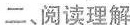
二、阅读理解